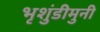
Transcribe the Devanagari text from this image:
भृशुंडीमुनी